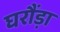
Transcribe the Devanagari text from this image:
घरौंड़ा